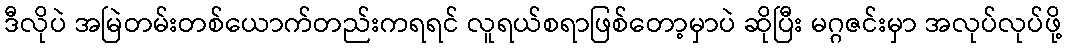
ဒီလိုပဲ အမြဲတမ်းတစ်ယောက်တည်းကရရင် လူရယ်စရာဖြစ်တော့မှာပဲ ဆိုပြီး မဂ္ဂဇင်းမှာ အလုပ်လုပ်ဖို့